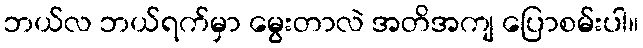
ဘယ်လ ဘယ်ရက်မှာ မွေးတာလဲ အတိအကျ ပြောစမ်းပါ။